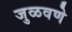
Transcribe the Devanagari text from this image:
जुळवणे